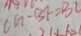
C G - B F = B L